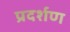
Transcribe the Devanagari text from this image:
प्रदर्शण